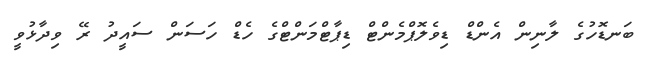
ބަނޑޮހުގެ ލާނިން އެންޑް ޑިވެލޮޕްމެންޓް ޑިޕާޓްމަންޓްގެ ހެޑް ހަސަން ސައީދު ރޭ ވިދާޅުވީ